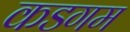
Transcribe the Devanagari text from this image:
कडगम